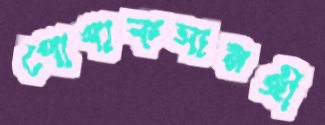
পোশাকসামগ্রী